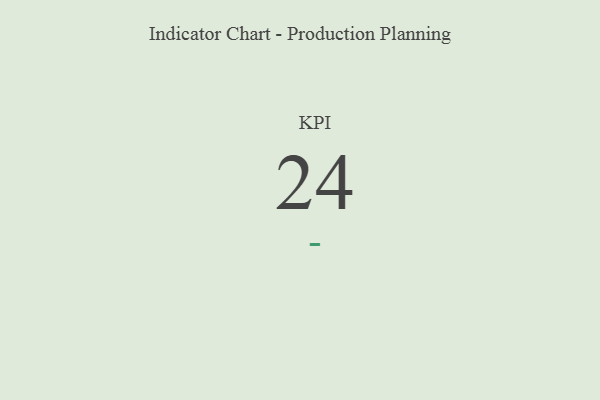
{"axis": {"x": "KPI", "y": "Value"}, "legend": [""], "data": [{"x": "KPI", "y": 24, "type": ""}]}